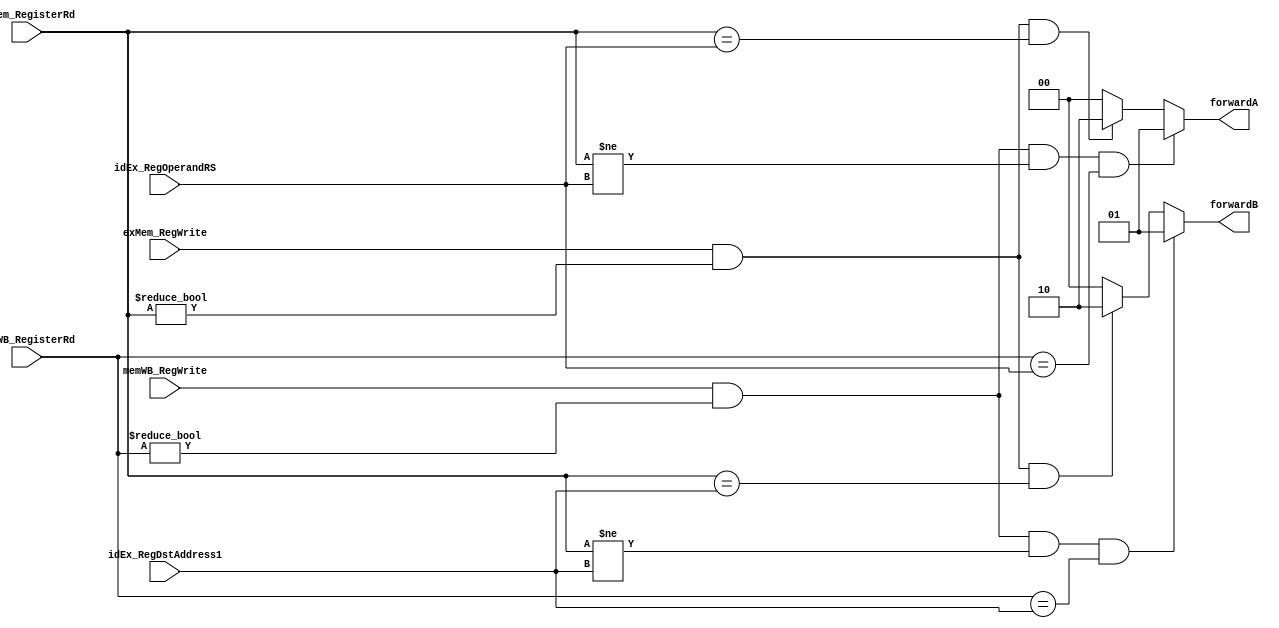
module ForwardingUnit
(
	/* ---------------------- INPUTS ----------------------*/
	input [4:0]	idEx_RegDstAddress1, //rt
	input [4:0] idEx_RegOperandRS,
	input [4:0] exMem_RegisterRd,
	input 		exMem_RegWrite,
	input [4:0] memWB_RegisterRd,
	input  		memWB_RegWrite,
	
	
	
	
	/* ---------------------- OUTPUTS ----------------------*/
	output reg [1:0] forwardA,
	output reg [1:0] forwardB
);

	always@(*) begin
	forwardA <= 0;
	forwardB <= 0;
	
	if( exMem_RegWrite && 
	   (exMem_RegisterRd != 0) &&  
		(exMem_RegisterRd == idEx_RegOperandRS) )
			forwardA <= 2;
			
	if( exMem_RegWrite && 
	   (exMem_RegisterRd != 0) && 
		(exMem_RegisterRd == idEx_RegDstAddress1))
			forwardB <= 2;	
		
	if( memWB_RegWrite && 
	   (memWB_RegisterRd != 0) &&  (exMem_RegisterRd != idEx_RegOperandRS) && 
		(memWB_RegisterRd == idEx_RegOperandRS))
			forwardA <= 1;
		
	if  (memWB_RegWrite && 
	    (memWB_RegisterRd != 0) && (exMem_RegisterRd != idEx_RegDstAddress1) && 
		 (memWB_RegisterRd == idEx_RegDstAddress1))	
			forwardB <= 1;
	end

endmodule